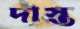
দাস্ত